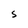
Character: S